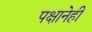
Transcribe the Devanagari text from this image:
पक्षानेही